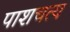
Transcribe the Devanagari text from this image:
पाशचत्य